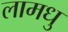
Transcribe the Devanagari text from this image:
लामधु